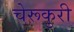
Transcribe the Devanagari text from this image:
चेरूकुरी